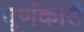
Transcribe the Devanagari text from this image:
घूर्णकारी